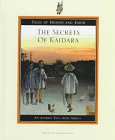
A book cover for The Secrets of Kaidara: An Animist Tale from Africa (Tales of Heaven and Earth); Hyacinthe Vulliez; Children's Books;